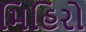
મિહિરો